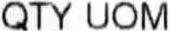
QTY UOM